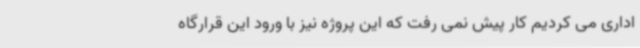
اداری می کردیم کار پیش نمی رفت که این پروژه نیز با ورود این قرارگاه